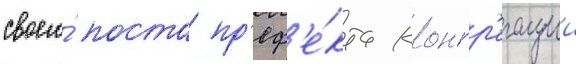
своего́ поста пр'еф'е́кта конгр'егации